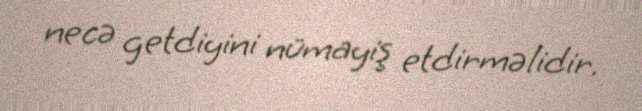
necə getdiyini nümayiş etdirməlidir.